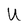
Character: U